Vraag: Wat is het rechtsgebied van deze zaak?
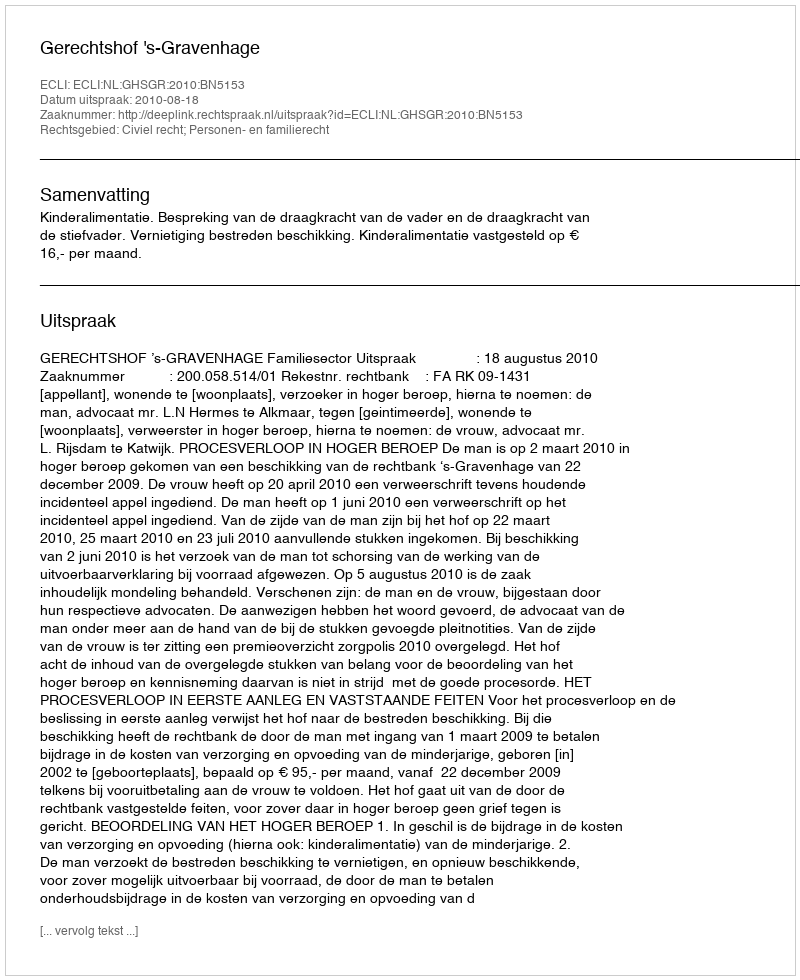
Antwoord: Civiel recht; Personen- en familierecht